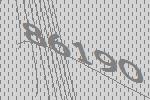
86190